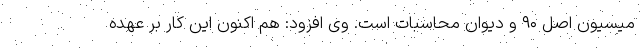
میسیون اصل ۹۰ و دیوان محاسبات است. وی افزود: هم اکنون این کار بر عهده